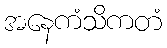
အနေကံသိကတံ